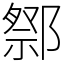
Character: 𨝋